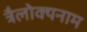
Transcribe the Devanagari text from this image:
त्रैलोक्यनाम